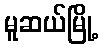
မူဆယ်မြို့